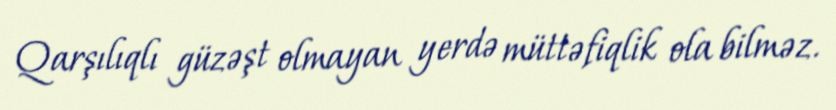
Qarşılıqlı güzəşt olmayan yerdə müttəfiqlik ola bilməz.